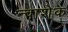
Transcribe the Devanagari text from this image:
न्वाशेक